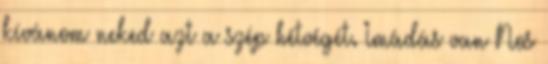
kívánom neked azt a szép hétvégét. Imádás van Nos